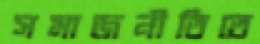
সমাজনীতিতে